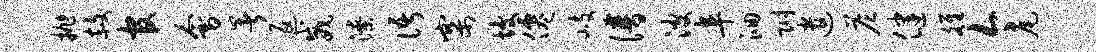
抛赦官会暑返威潦语寨坡仙岐谱波阜洄附遣答健雒今尾